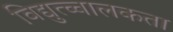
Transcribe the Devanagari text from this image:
विद्युत्च्चालकता